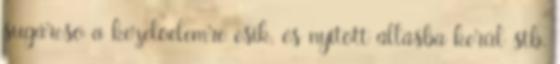
sugárcsõ a kezelõelemre esik, és nyitott állásba kerül stb.